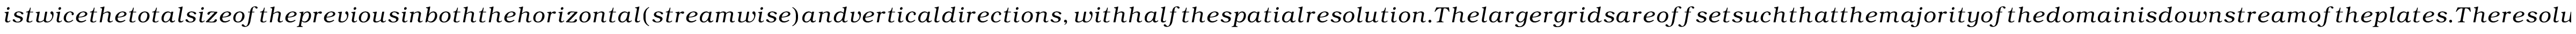
i s t w i c e t h e t o t a l s i z e o f t h e p r e v i o u s i n b o t h t h e h o r i z o n t a l ( s t r e a m w i s e ) a n d v e r t i c a l d i r e c t i o n s , w i t h h a l f t h e s p a t i a l r e s o l u t i o n . T h e l a r g e r g r i d s a r e o f f s e t s u c h t h a t t h e m a j o r i t y o f t h e d o m a i n i s d o w n s t r e a m o f t h e p l a t e s . T h e r e s o l u t i o n o f t h e g r i d f o r t h e R e y n o l d s n u m b e r s c o n s i d e r e d h e r e h a s b e e n v a l i d a t e d i n a r a n g e o f p a s t s t u d i e s . F o r t h e a n a l y s i s , w e w i l l u s e v e l o c i t y d a t a f r o m t h e